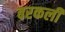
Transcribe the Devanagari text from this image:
बरकली